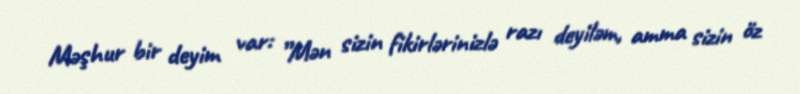
Məşhur bir deyim var: ”Mən sizin fikirlərinizlə razı deyiləm, amma sizin öz